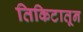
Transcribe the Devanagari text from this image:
तिकिटातून